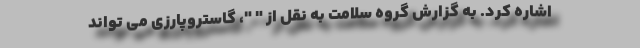
اشاره کرد. به گزارش گروه سلامت به نقل از " "، گاستروپارزی می تواند